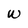
Character: W